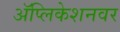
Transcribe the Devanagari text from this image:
अॅप्लिकेशनवर